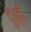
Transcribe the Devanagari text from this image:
दुध्दी